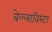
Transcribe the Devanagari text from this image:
बेल्लाविस्टा